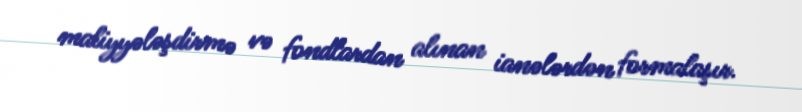
maliyyələşdirmə və fondlardan alınan ianələrdən formalaşır.